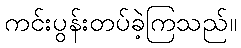
ကင်းပွန်းတပ်ခဲ့ကြသည်။